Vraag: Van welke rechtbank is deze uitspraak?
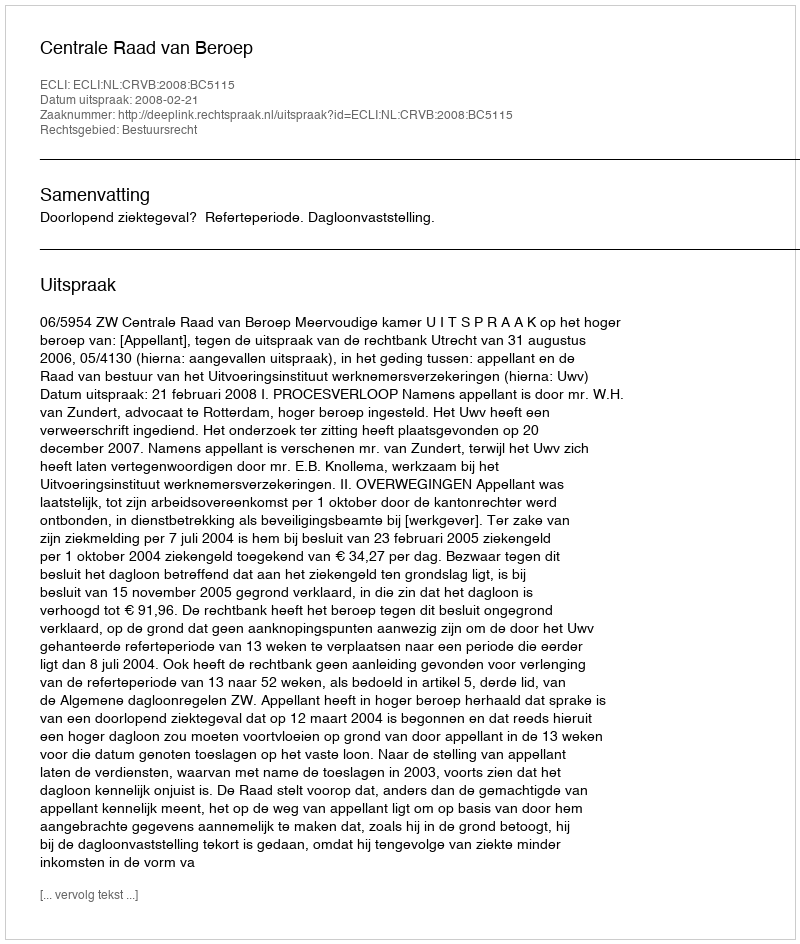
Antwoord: Centrale Raad van Beroep